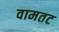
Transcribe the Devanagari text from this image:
वामतट